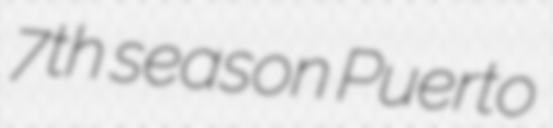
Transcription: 7th season Puerto